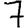
Digit: 7